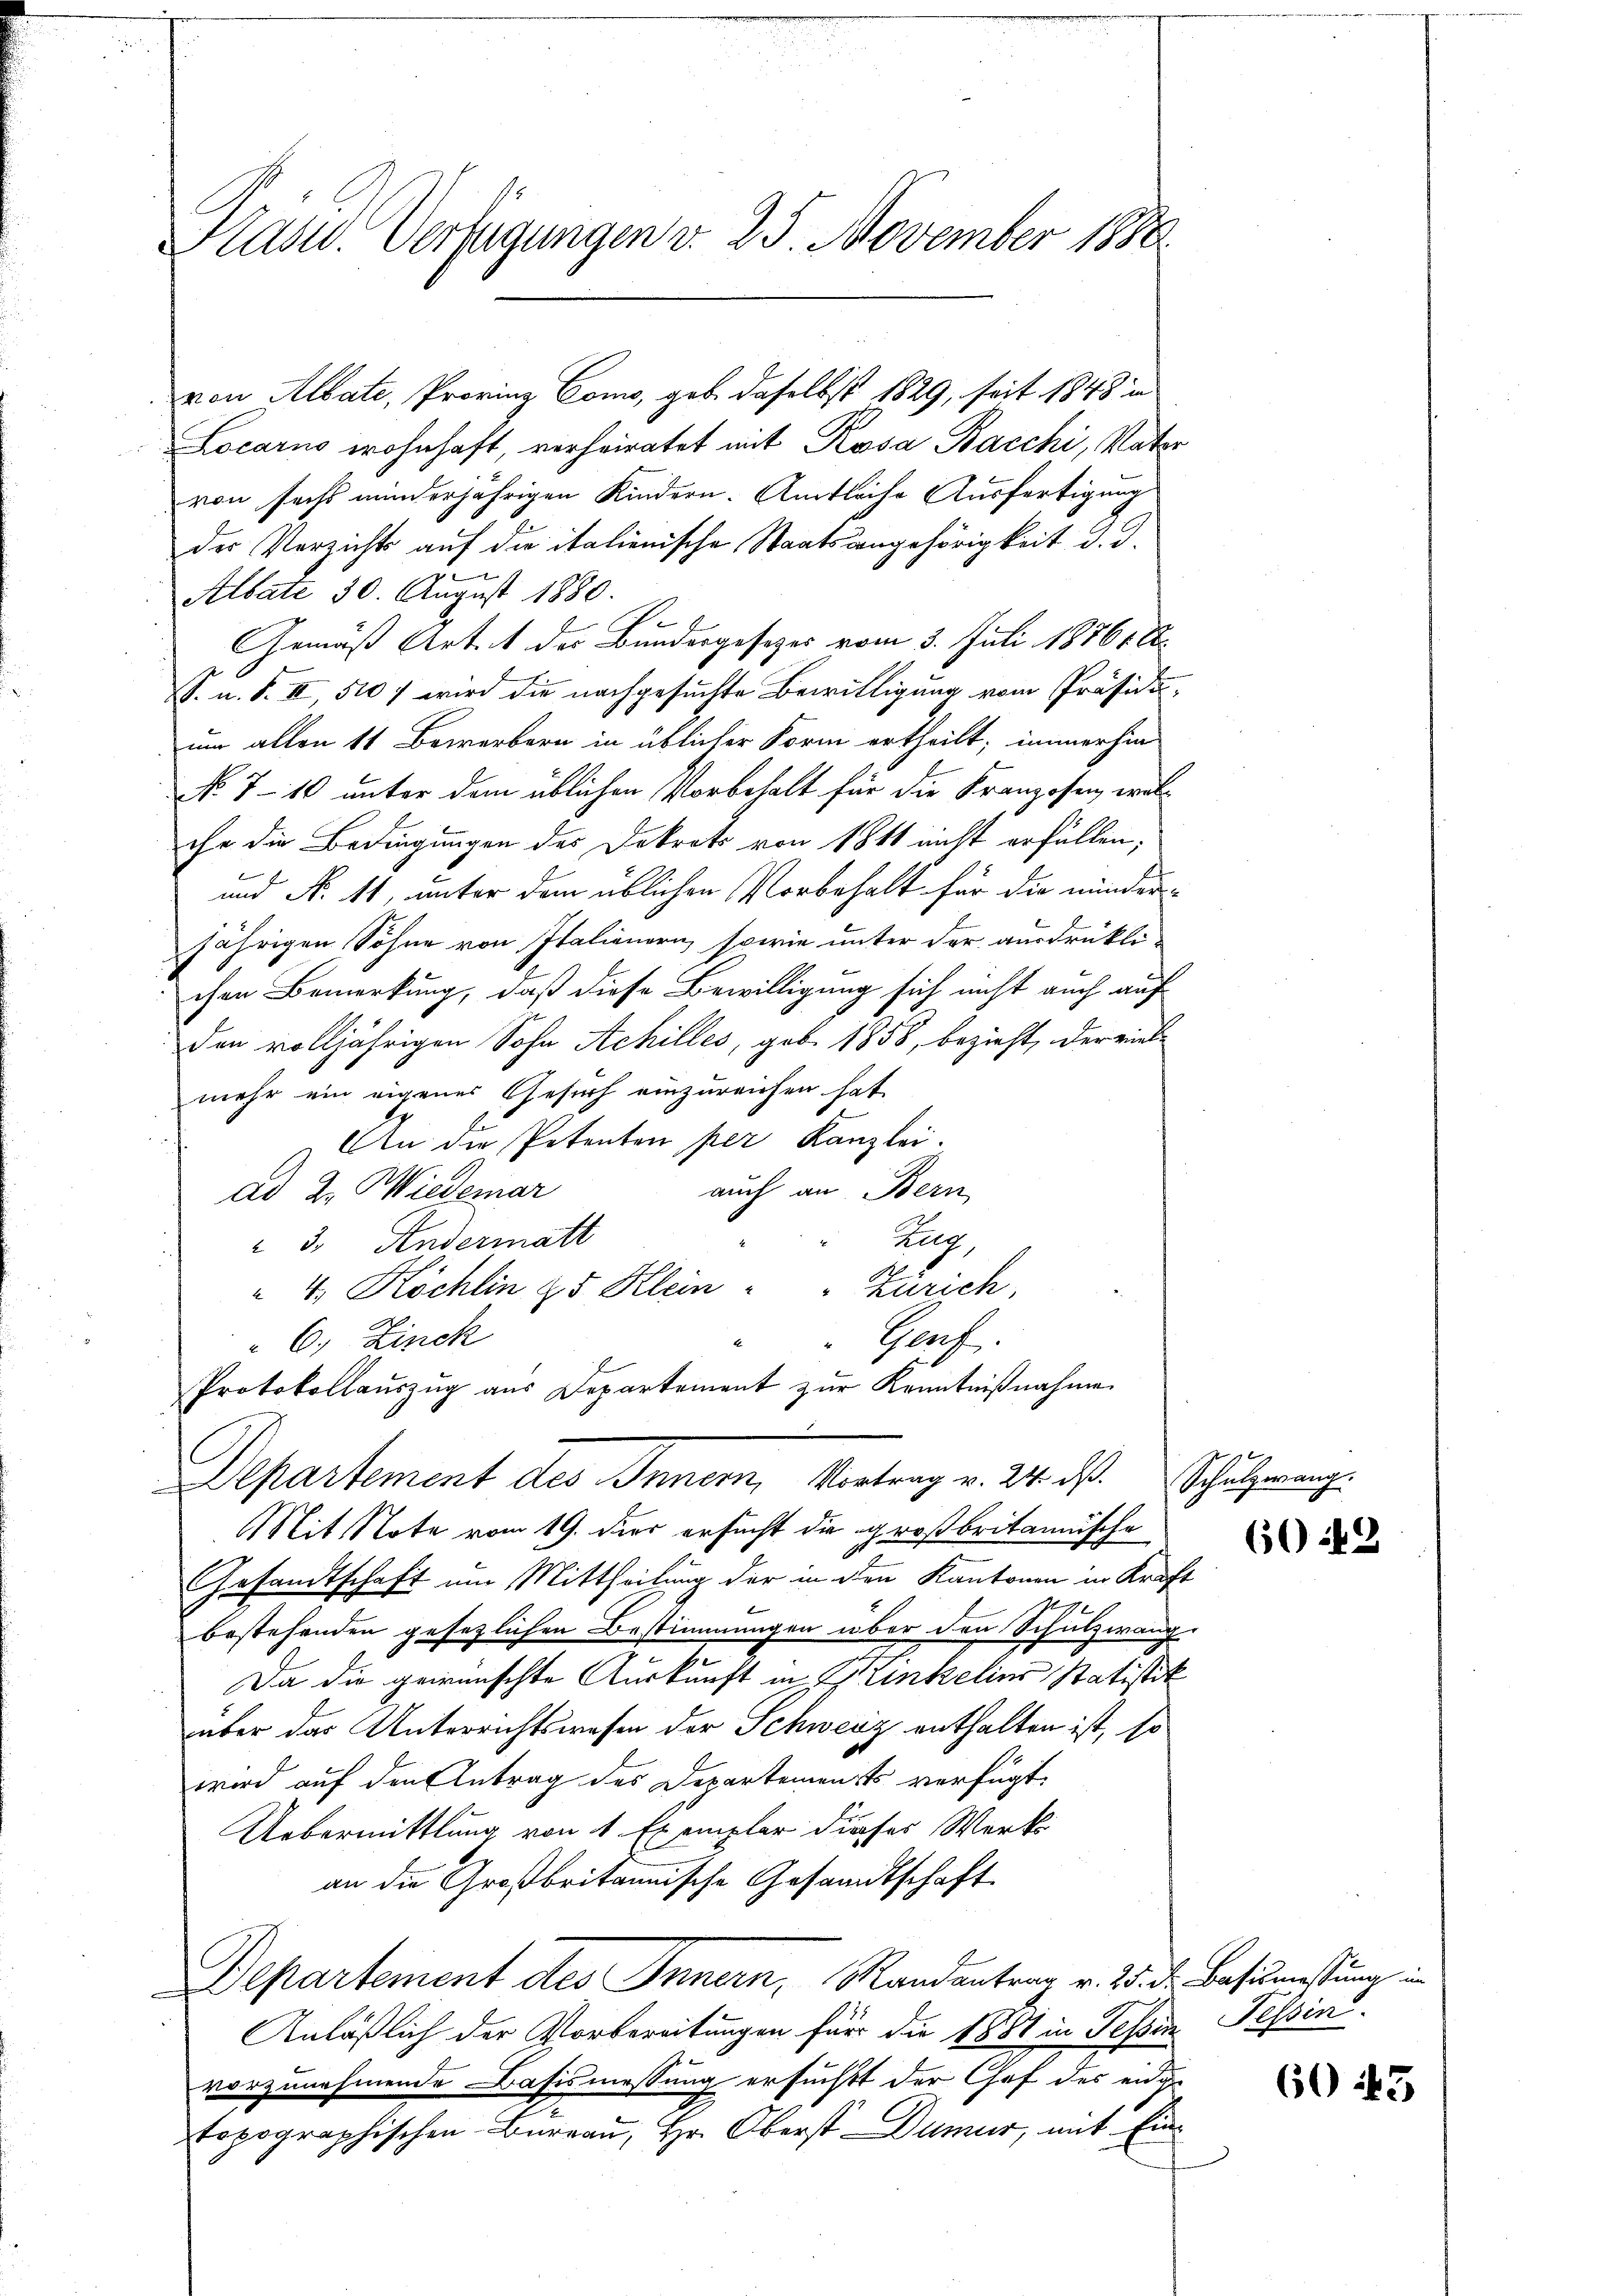
Kasw. Verfügungen v. 25. November 1880

von Albate, Provinz Como, geb. daselbst 1829, seit 1848 in
Locarns wohnhaft, verheiratet mit Rosa Bacchi, Vater
von sechs minderjährigen Kindern-Amtliche Ausfertigung
der Verzichts auf die italienische Staatsangehörigkeit d. d.
Albate 30. August 1880.
Gemäß Art. 1 des Bundergesetzes vom 3. Juli 18761 S.
S. u. S. II 510 wird die nachgesuchte Bewilligung vom Präsidium allen 11 Bewerbern in üblicher Form ertheilt; immerhin
No 7 - 10 unter dem üblichen Vorbehalt für die Kranzosen wolche die Bedingungen des Dekrets von 184 nicht erfüllen;
und N. 11, unter dem üblichen Vorbehalt für die minder-
jährigen Söhne von Italienern, sowie unter der ausdrükli-
chen Bemerkung, daß diese Bewilligung sich nicht auch auf
den volljährigen Sohn Achilles, geb. 1858, bezieht, der viel-
mehr ein eigenes Gesuch einzureichen hat.
An die Petenten per Kanzlei.
auch an Bern
ad 2. Wiedemar
Zug,
 3. Andermatt
" 4. Köchlin 25 Klein " " Zürich,
Genf.
6., Zinck
Protokollauszug aus Departement zur Kenntnißnahme
Departement des Innern, Vortrag v. 24. ds. Schutzmang
Mit Note vom 19. der ersucht die großbritanische
Gesandtschaft um Mittheilung der in den Kantonen in Kraft
bestehenden gesetzlichen Bestimmungen über den Schulzwang-
2
Da die gewünschte Auskunft in Winkelins Statistik
über das Unterrichtswesen der Schweiz enthalten ist, so
wird auf den Antrag des Departements verfügt
Uebermittlung von 1 Exemplar dieses Werk
an die Großbritannische Gesandtschaft
Bepartement des Innern, Randantrag v. 25. d. Basusmessung in
Anläßlich der Vorbereitungen für die 1887 in Tessin Tessin
vorzunehmende Basismessung ersuchtt der Chef des eidge
topographischen Bureau, Hr. Oberst Dumur, mit Ein¬

6042

60 15